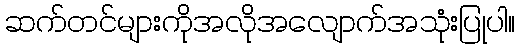
ဆက်တင်များကိုအလိုအလျောက်အသုံးပြုပါ။